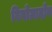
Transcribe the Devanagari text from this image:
विनोग्रादोव